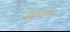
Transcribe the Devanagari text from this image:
स्तुपाके